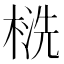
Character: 𰘁